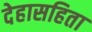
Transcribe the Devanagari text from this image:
देहासहिता